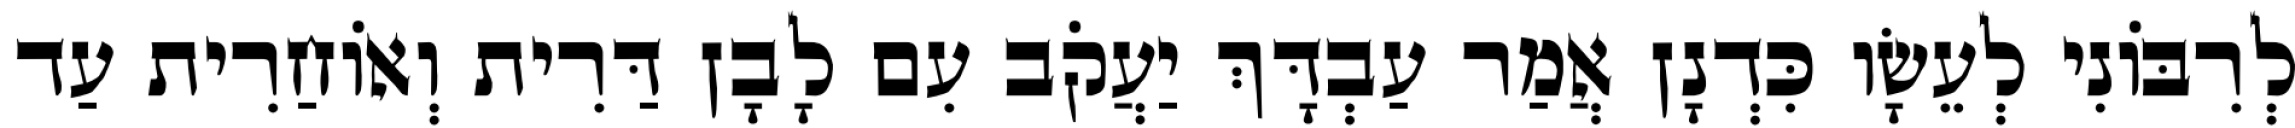
לְרִבּוֹנִי לְעֵשָׂו כִּדְנָן אֲמַר עַבְדָּךְ יַעֲקֹב עִם לָבָן דַּרִית וְאוֹחַרִית עַד